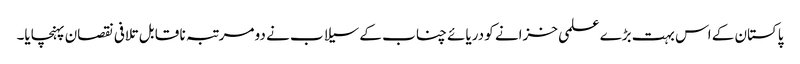
پاکستان کے اس بہت بڑے علمی خزانے کو دریائے چناب کے سیلاب نے دو مرتبہ نا قا بل تلافی نقصان پہنچایا۔